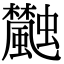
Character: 𩙐